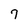
Character: 7